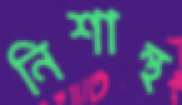
নিশান্থ